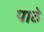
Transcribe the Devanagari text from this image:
पाठे